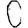
Digit: 0